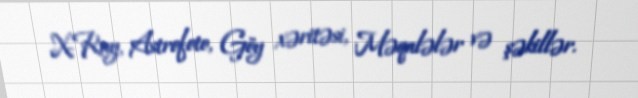
X-Ray, Astrofoto, Göy xəritəsi, Məqalələr və şəkillər.